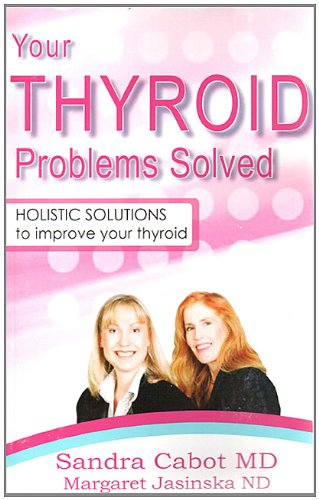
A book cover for Your Thyroid Problems Solved; Dr. Sandra Cabot; Health, Fitness & Dieting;